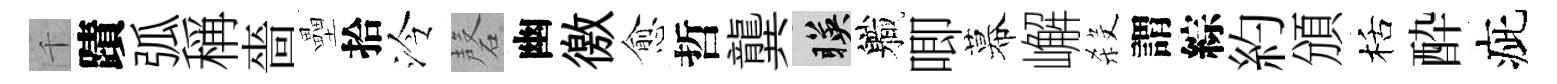
千蹟弧稱嗇壘拾泠磬幽徼愈哲龔暎軄唧幕嶰殺謂綜約頒栝酔疵